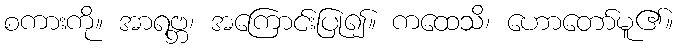
စကားကို။ အာရဗ္ဘ၊ အကြောင်းပြု၍။ ကထေသိ၊ ဟောတော်မူ၏။